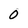
Character: 0